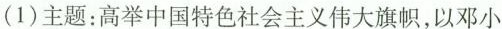
(1)主题：高举中国特色社会主义伟大旗帜，以邓小